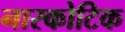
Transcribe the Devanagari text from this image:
नारकोटिक